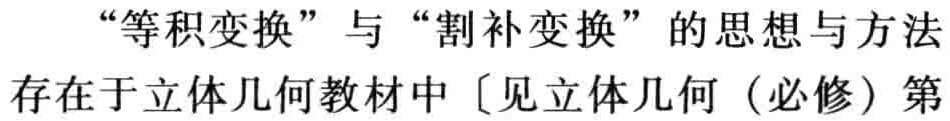
“等积变换”与“割补变换”的思想与方法存在于立体几何教材中〔见立体几何（必修）第